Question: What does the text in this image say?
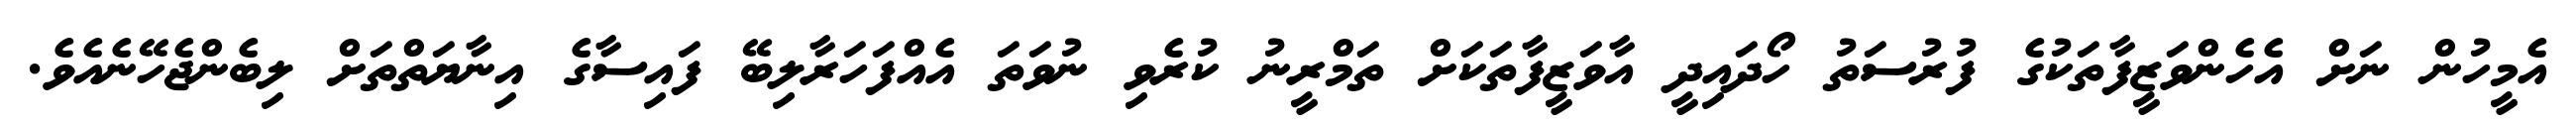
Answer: އެމީހުން ނަށް އެހެންވަޒީފާތަކުގެ ފުރުސަތު ހޯދައިދީ އާވަޒީފާތަކަށް ތަމްރީނު ކުރެވި ނުވަތަ އެއްފަހަރާލިބޭ ފައިސާގެ އިނާޔަތްތަށް ލިބެންޖެހޭނެއެވެ.